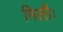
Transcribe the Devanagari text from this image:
मिलीः